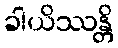
ခါယိဿန္တိ